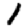
Digit: 1